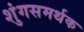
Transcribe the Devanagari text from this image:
शुंगसमर्थक